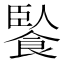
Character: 䭆